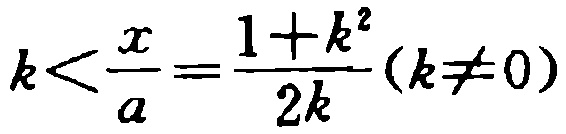
\(k<\frac{x}{a}=\frac{1 + k^{2}}{2k}(k\neq 0)\)